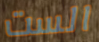
الست